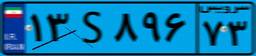
۱۳S۸۹۶۷۳